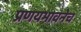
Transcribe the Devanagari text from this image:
प्रणयभावनेच